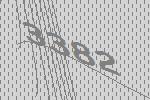
3382